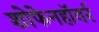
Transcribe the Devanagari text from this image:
शोफेनहॉवर्र